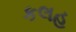
કલહ